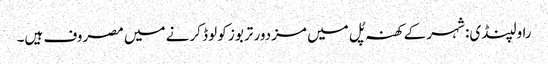
راولپنڈی: شہر کے کھنہ پُل میں مزدور تربوز کو لوڈ کرنے میں مصروف ہیں۔